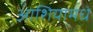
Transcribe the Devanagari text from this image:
आशियामधे